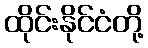
ထိုင်းနိုင်ငံတို့